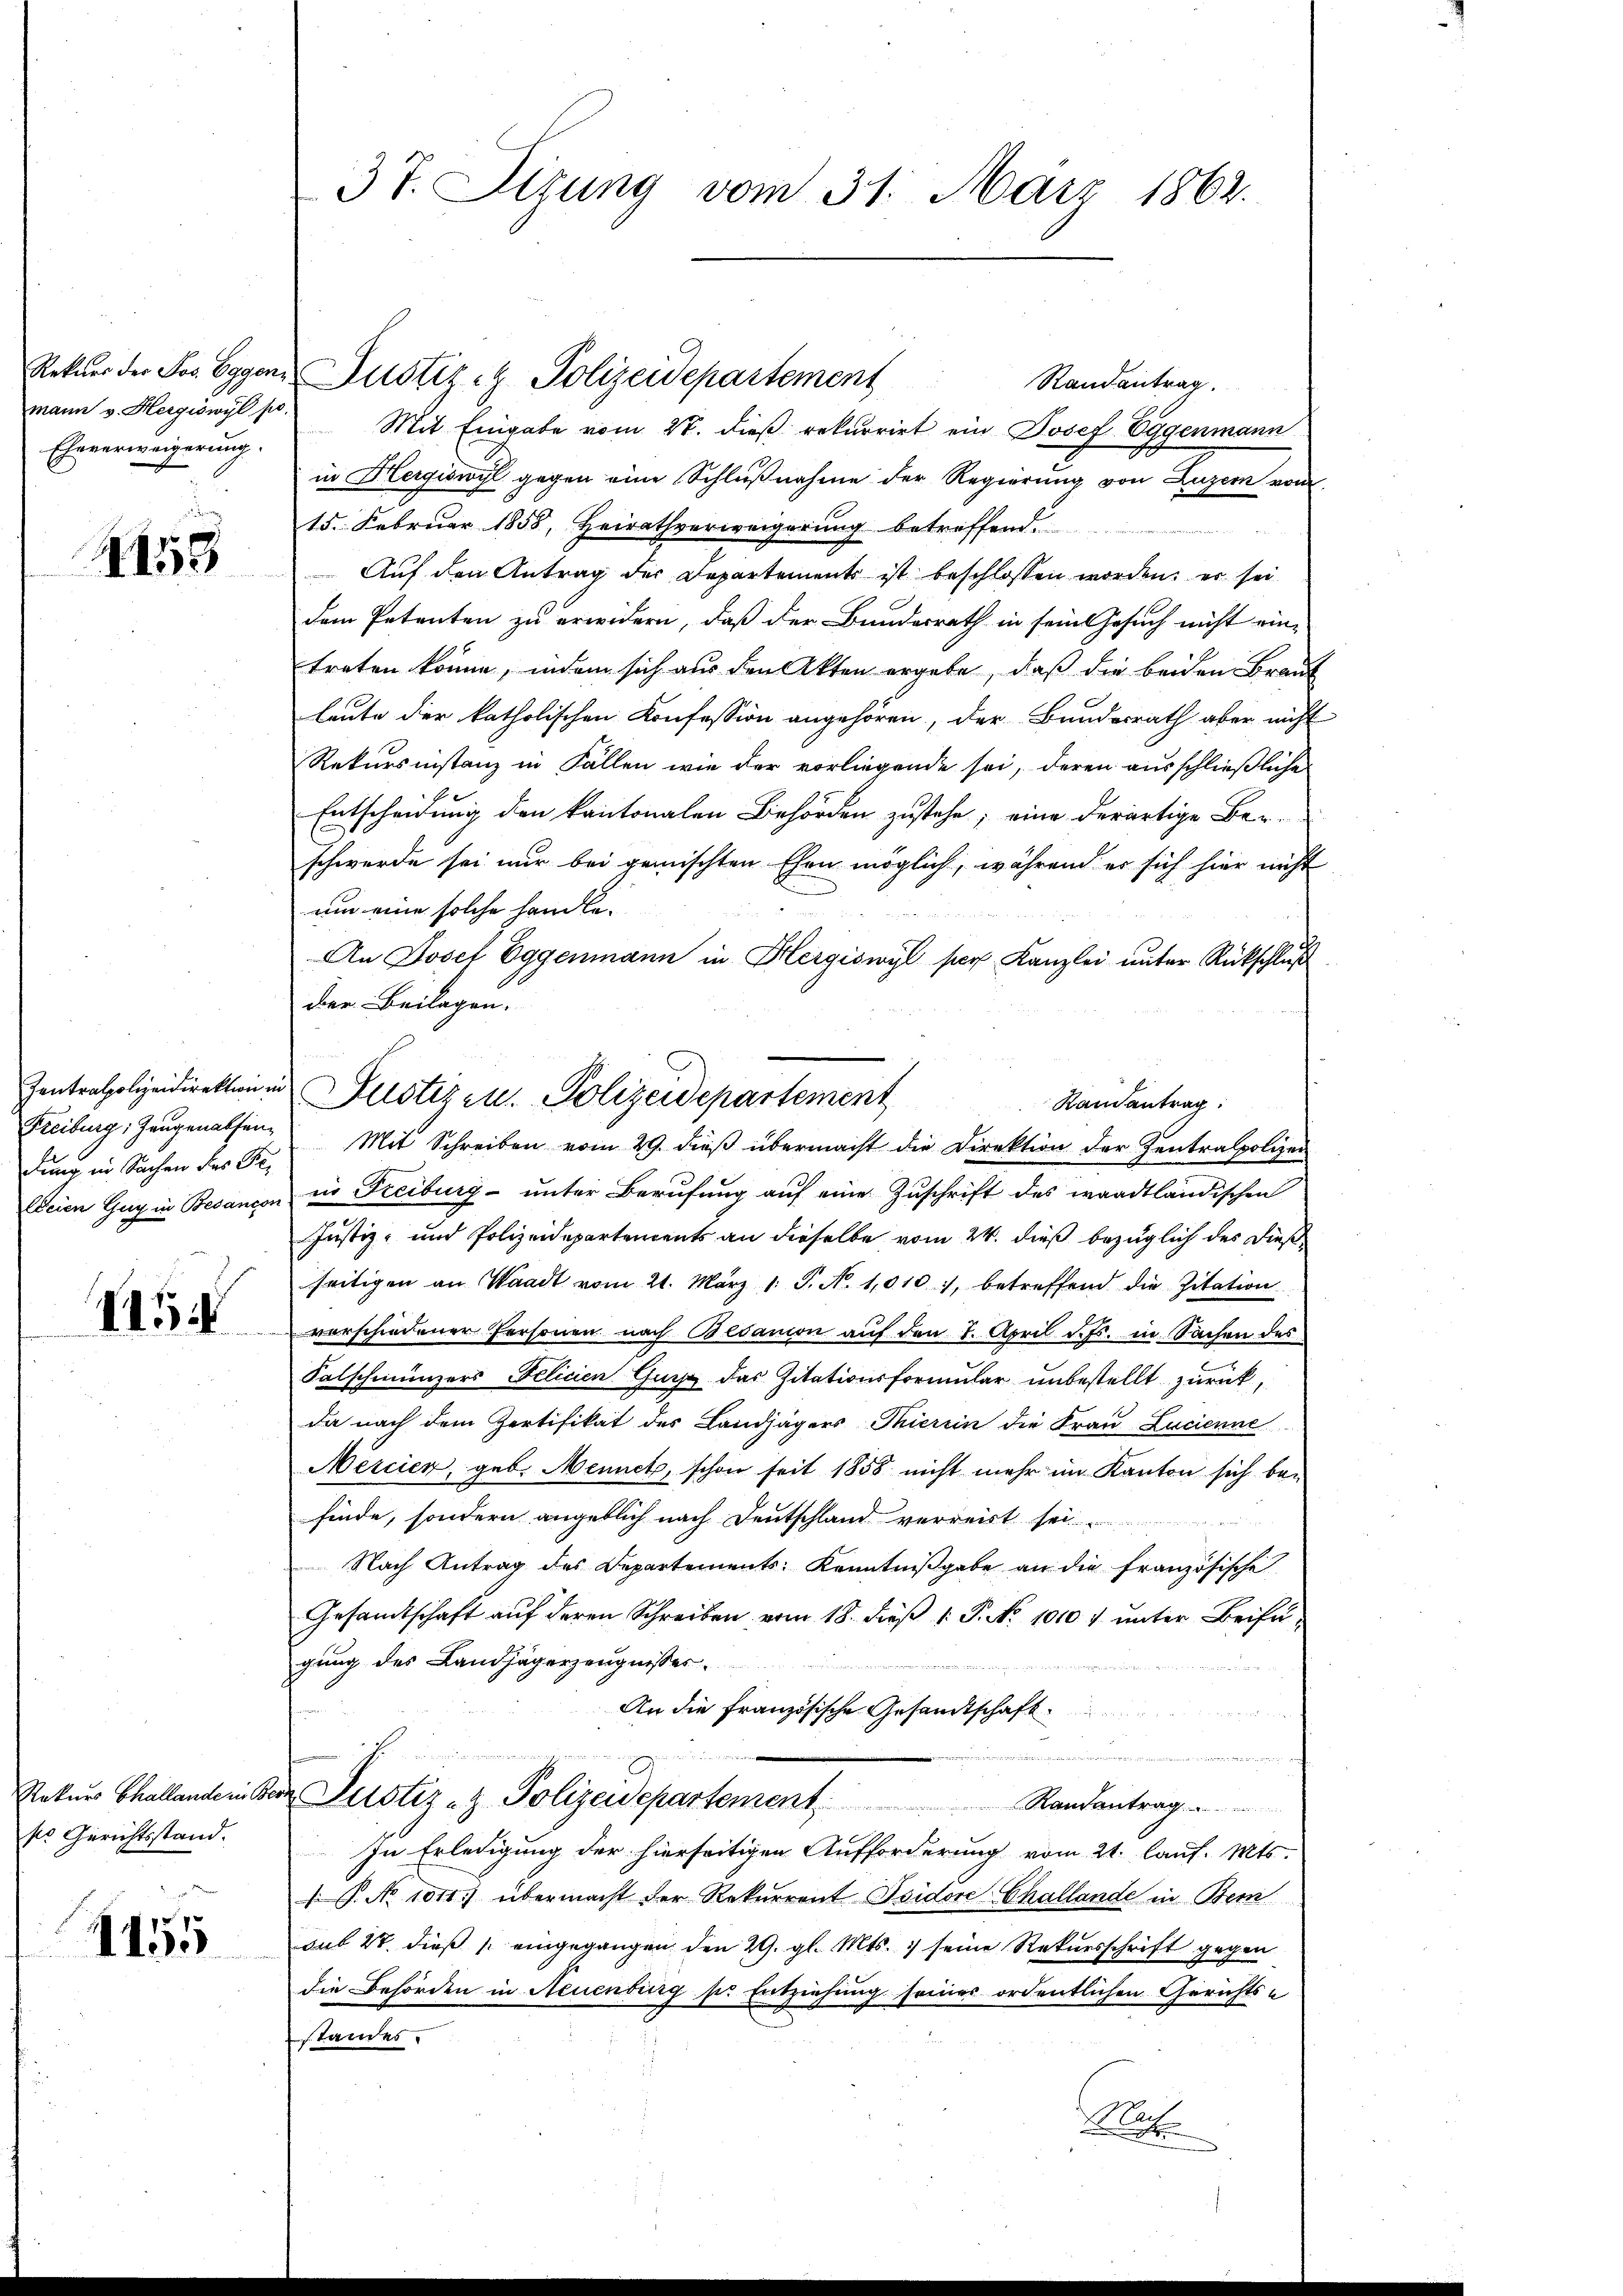
mann v. Hergiswyl po
Eheverweigerung.

4158

Freiburg, Zeugenatsen
dung in Sachen des Pe¬

VII.

ses Gerichtsstand.

1455

37. Sizung vom 31. März 1862.

Randantrag.
Mit Eingabe vom 27. dieß rekurrirt ein Josef Eggenmann
in Hergiswyl gegen eine Schlußnahme der Regierung von Luzern vom
15. Februar 1858, Heirathverweigerung betreffend.
Auf den Antrag der Departements ist beschlossen worden; er sei
dem Petenten zu erwidern, daß der Bundesrath in sein Gesuch nicht ein-
treten könne, indem sich aus den Akten ergebe, daß die beiden Braut
leute der katholischen Konfession angehören, der Bundesrath aber nicht
Rekursinstanz in Fallen wie der vorliegende sei, deren ausschließliche
Entscheidung den kantonalen Behörden zustehe; eine derartige Ber
schwerde sei nur bei gemischten Ehen möglich, während er sich hier nicht
um eine solche handle-
An Josef Eggenmann in Hergiswyl per Kanzlei unter Rückschluß
der Beilagen.
Randantrag:
Mit Schreiben vom 29. dieß übermacht die Direktion der Zentralpolizei
Eeien Gug in Bedancon in Freiburg- unter Berufung auf eine Zuschrift des waadtländischen
Justiz- und Polizeidepartements an dieselbe, vom 24. dieß bezüglich des Diese
seitigen an Waadt vom 21. März 1. P. Nr. 1010, betreffend die Zitation
verschiedener Personen nach Bedanion auf den 7. April d. Js. in Sachen des
Salschmünzers Felicien Gurs das Zitationsformular unbestellt zurück,
da nach dem Zertifikat des Landjägers Thierein die Frau Lucienne
Mercier, geb. Mennet, schon seit 1858 nicht mehr im Kanton sich befinde, sondern angeblich nach Deutschland verreist sei
Nach Antrag des Departements Kenntnißgabe an die französische
Gesandtschaft auf deren Schreiben vom 18. dieß 1 P. No 1010 & unter Beifügung des Landjägerzeugnisses.
An die Französische Gesandtschaft
n

.
Rekurs Challandern der Pustiz- & Polizeidepartenzent
Randantrag
In Erledigung der hierseitigen Aufforderung vom 21. lauf. Mts.
1. No 1011.) übermacht der Rekurrent Isidore Challande in Bem
sub 27. dieß eingegangen den 29. gl. Mts. seine Rekursschrift gegen
die Behörden in Neuenburg ser Entziehung seiner ordentlichen Gerichts-
standes.
Mach

Rekŭrs der Jos. Egger Justiz- & Polizeidepartement

Zentralpolizeidirektion in Justiz u. Polizeidepartement